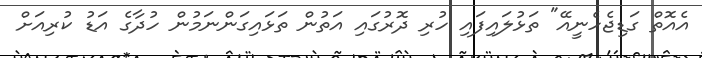
އެއޮތް ގަޑިޖެހެނީއޭ" ތަޅުލައިފައި ހުރި ދޮރުގައި އަތުން ތަޅައިގަންނަމުން ހުދާގެ އަޑު ކުރިއަށް